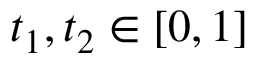
t _ { 1 } , t _ { 2 } \in [ 0 , 1 ]